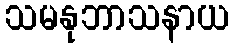
သမနုဘာသနာယ